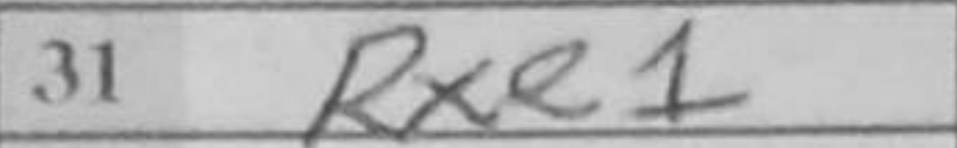
Transcription: Rxe1